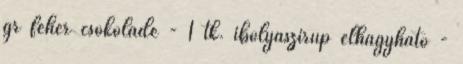
gr fehér csokoládé - 1 tk. ibolyaszirup elhagyható -